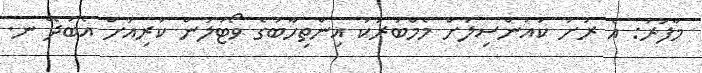
މާފަރު: އެ ރަށު ކައުންސިލަށް މެމްބަރަކު އިންތިހާބުގެ ވޯޓުލުން ކުރިއަށް އެބަދޭ ނ.